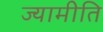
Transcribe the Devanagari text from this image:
ज्यामीति